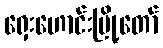
ရှေးဟောင်းမြို့တော်